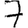
Digit: 7